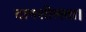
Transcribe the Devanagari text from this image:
दानशीलता।